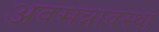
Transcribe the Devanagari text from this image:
अवसन्नावस्था